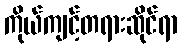
ကိုယ်ကျင့်တရားဆိုင်ရာ